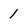
Character: 1